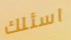
اسئلك